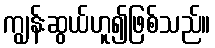
ကျွန်းဆွယ်ဟူ၍ဖြစ်သည်။